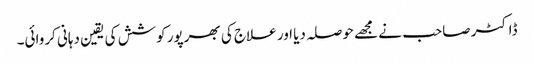
ڈاکٹر صاحب نے مجھے حوصلہ دیا اور علاج کی بھرپور کوشش کی یقین دہانی کروائی۔